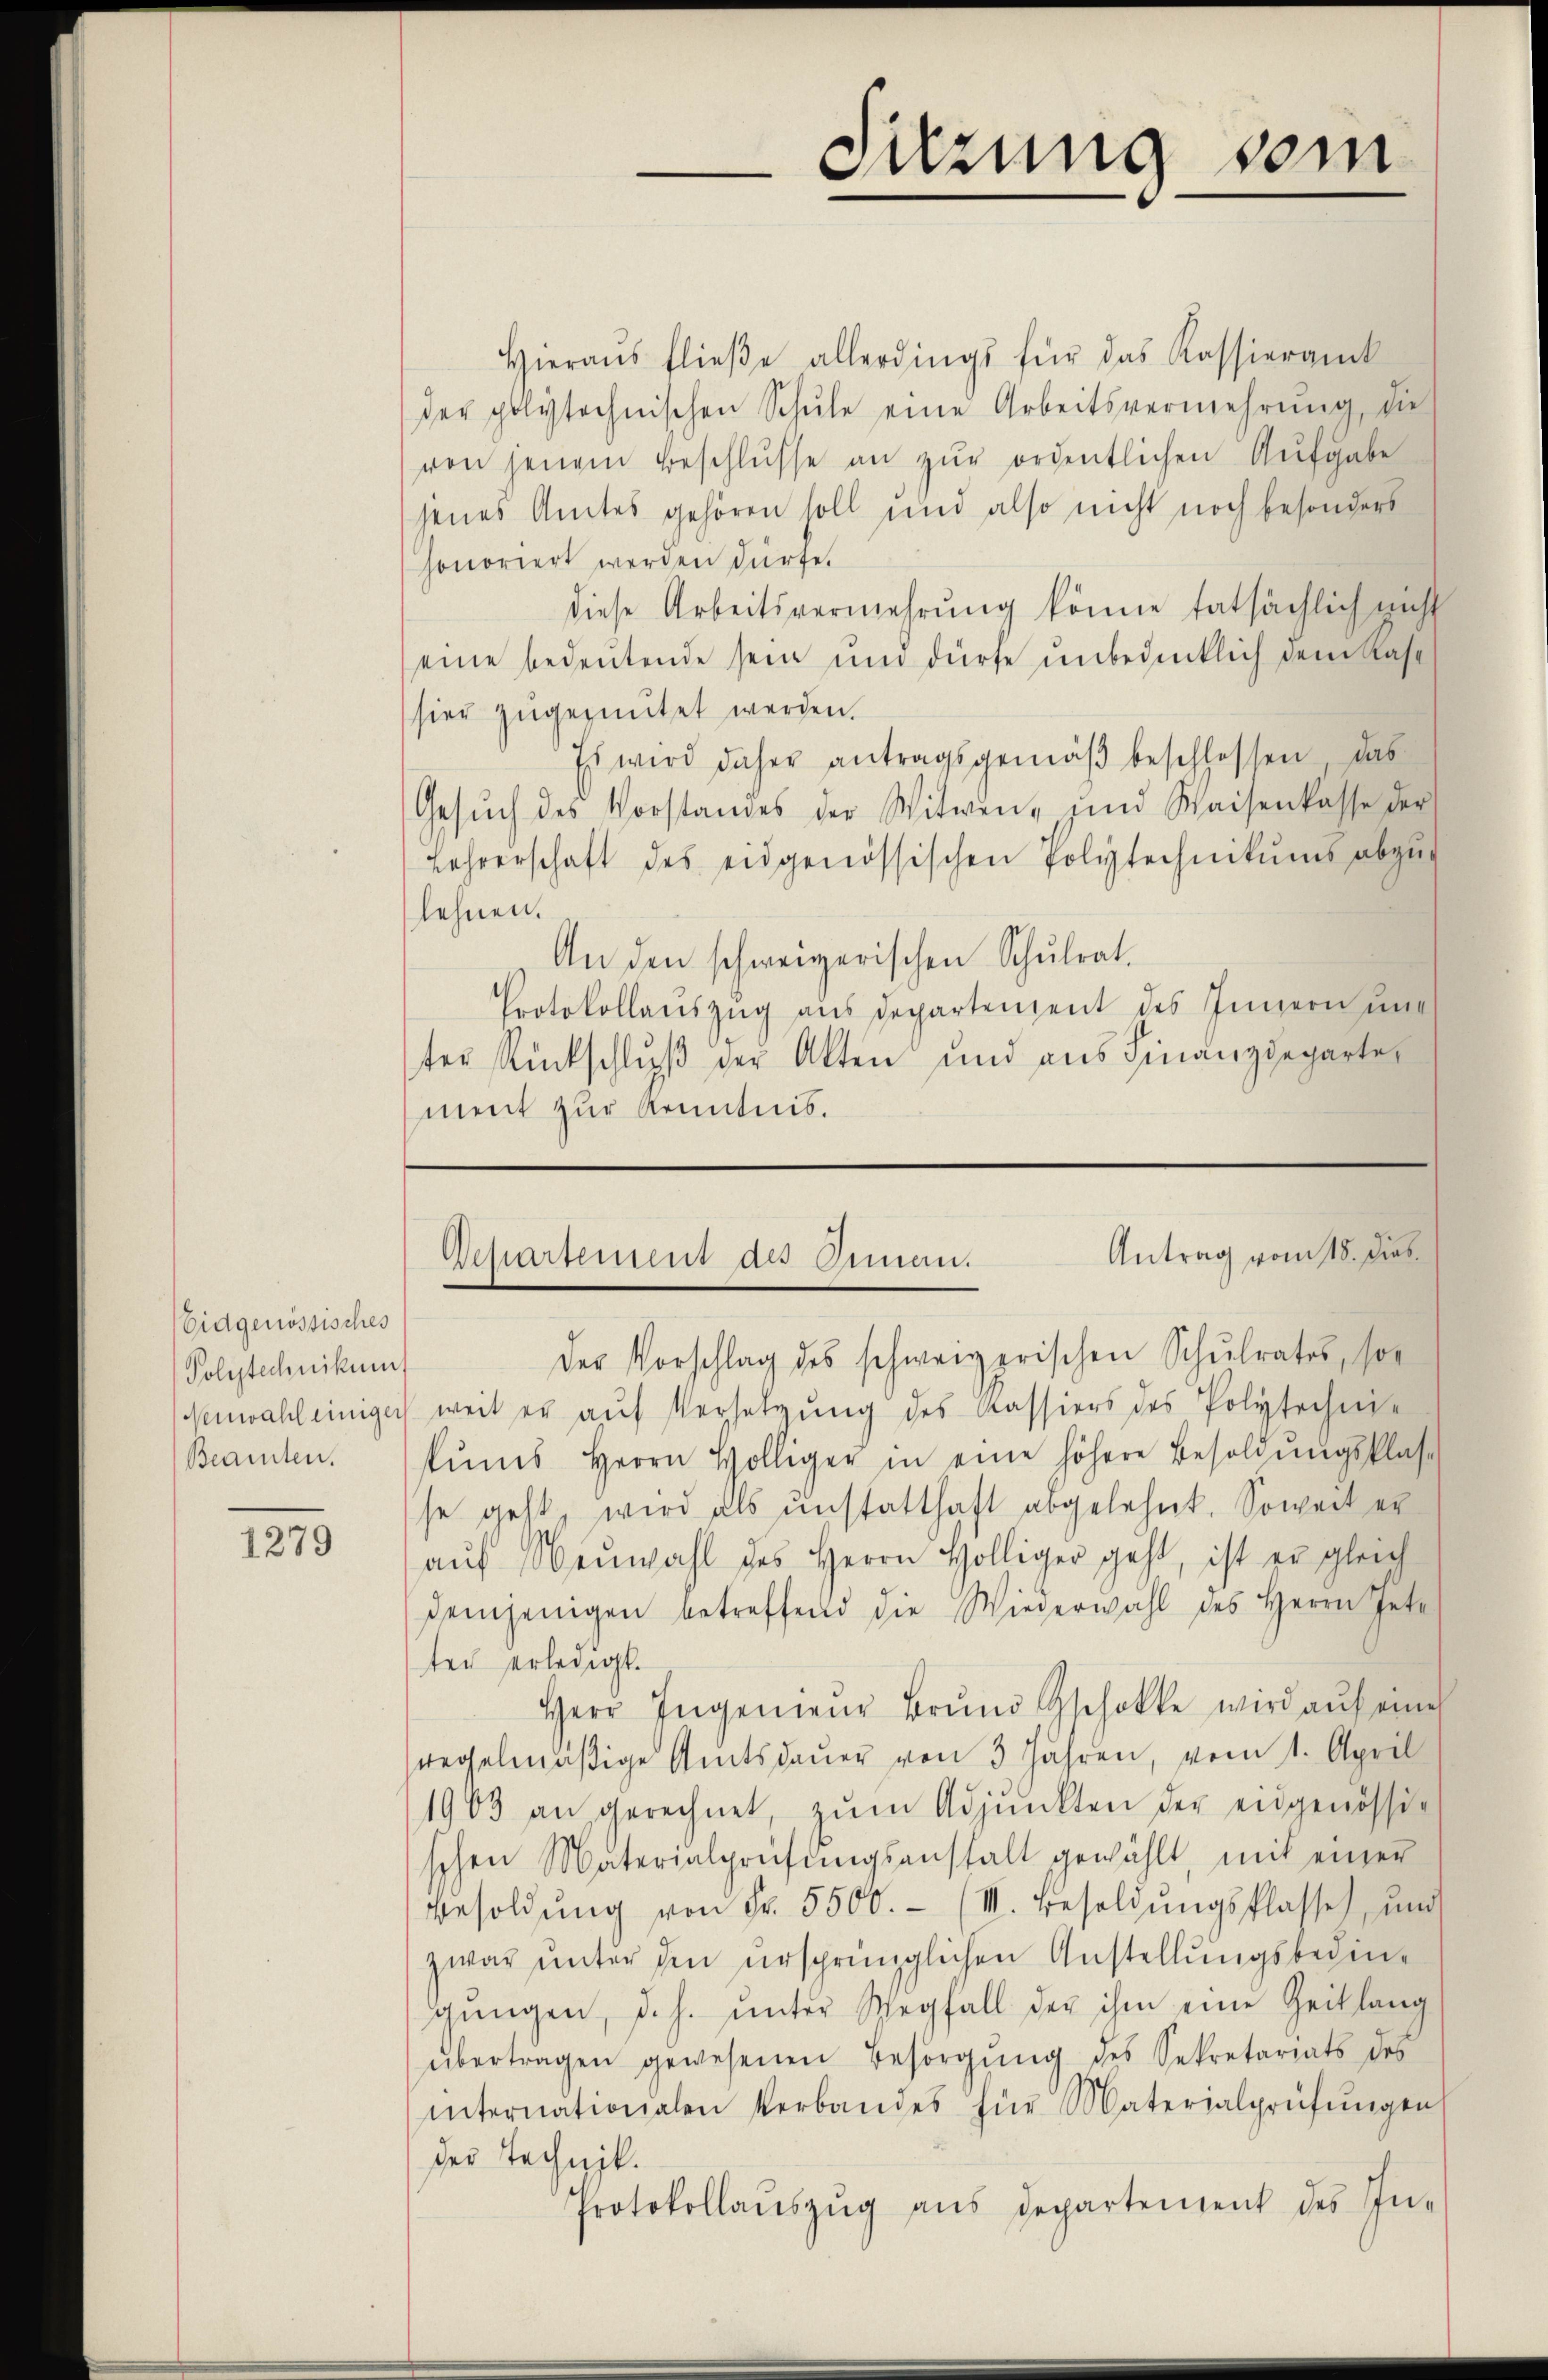
Eidgenössisches
Polytechnikums
Beamten.

1279

Hieraŭs flieβe allerdings für das Kassierank
der polytechnischen Schŭle eine Arbeitsvermehrŭng, die
von jenem Beschlŭsse an zŭr ordentlichen Aufgabe
jenes Amtes gehören soll und also nicht noch besonders
honoriert werden dürfe.
diese Arbeitsvermehrung könne tatsächlich nicht
eine bedeutende sein und dürfe unbedenklich dem Kase
hier zugeznütet werden.
Es wird daher antragsgemäβ beschlossen, das
Gesŭch des Vorstandes der Witwen- und Waisenkasse der
Lehrerschaft des eidgenössischen Polytechnikums abzŭg
lehnen.
An den schweizerischen Schŭlrat.
Protokollauszug aus Departenzent des Innern unter Rückschluß der Alten und aus Finanzdeparte
ment zur Kenntnis.

Sitzung vom

Antrag vom 18. Dies
Achartement als Geman.

Der Vorschlag des schweizerischen Schŭlrates, so
Neuwahl einiger weit er aŭf Versetzŭng des Kassiers des Polytechnie
kŭms Herrn Hölliger in eine höhere Besoldŭngsklas-
se geht, wird als unstatthaft abgelehnt. Soweit er
aŭf Neuwahl des Herrn Hölliger geht, ist er gleich
demjenigen betreffend die Wiederwahl des Herrn Inte
ter erledigt.
Herr Ingenieŭr Brund Gschokke wird aŭf eine
regelmäßige Amtsdauer von 3 Jahren, vom 1. April
1903 an gerechnet, zŭm Adjunkten der eidgenössig
schen Materialprüfŭngsanstalt gewählt, mit einer
Besoldŭng von Fr. 5500.- (III. Besoldŭngsflasse, und
zwar unter den ursprünglichen Anstellungsbegingŭngen, d. h. ŭnter Wegfall der ihm eine Zeitlang
übertragen gewesenen Besorgŭng des Sekretariats des
internationalen Verbandes für Materialprüfŭngen
der Technik.
Protokollaŭszŭg ans Departement des In¬